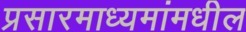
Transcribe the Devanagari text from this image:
प्रसारमाध्‍यमांमधील